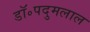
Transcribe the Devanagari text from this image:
डॉ॰पदुमलाल